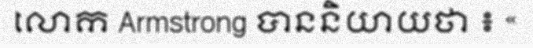
លោក Armstrong បាននិយាយថា ៖ «